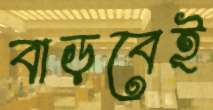
বাড়বেই